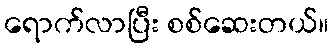
ရောက်လာပြီး စစ်ဆေးတယ်။